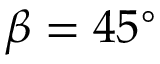
\beta = 4 5 ^ { \circ }